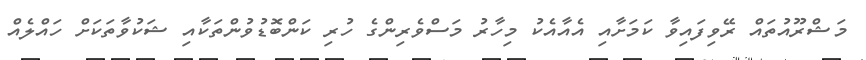
މަޝްރޫއުތައް ރޭވިފައިވާ ކަމަށާއި އެއާއެކު މިހާރު މަސްވެރިންގެ ހުރި ކަންބޮޑުވުންތަކާއި ޝަކުވާތަކަށް ހައްލެއް